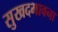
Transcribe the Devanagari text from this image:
सुखदभावना